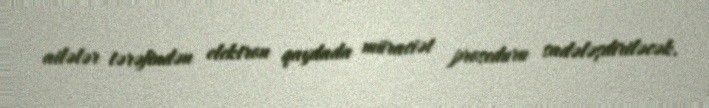
ailələr tərəfindən elektron qaydada müraciət proseduru sadələşdiriləcək.